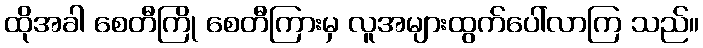
ထိုအခါ စေတီကြို စေတီကြားမှ လူအများထွက်ပေါ်လာကြ သည်။